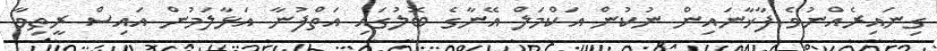
ގިނައިރެއްނުވެ ފާޚާނައިން ނުކުން އަކްމަލް އޭނާގެ ބޮލުގައި އަތްފުނާ އަޅާލަމުން އައިސް ރީތިވާ